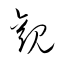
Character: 觀